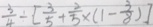
\frac { 3 } { 4 } \div [ \frac { 3 } { 5 } + \frac { 2 } { 5 } \times ( 1 - \frac { 3 } { 8 } ) ]